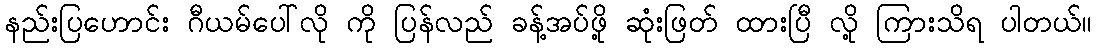
နည်းပြဟောင်း ဂီယမ်ပေါ်လို ကို ပြန်လည် ခန့်အပ်ဖို့ ဆုံးဖြတ် ထားပြီ လို့ ကြားသိရ ပါတယ်။